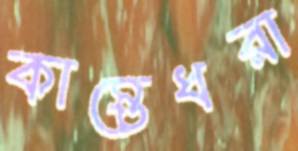
কাস্তেধরা